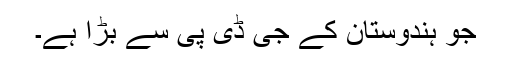
جو ہندوستان کے جی ڈی پی سے بڑا ہے۔